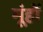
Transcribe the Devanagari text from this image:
मूंहों